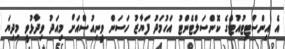
އެ އިންސްޓިޓުއުޓްގެ ކޮންސަލްޓެންޓު އަހުމަދު ފަޔާޒު ހަސަން ވީނިއުސްއަށް މިއަދު ވިދާޅުވީ މިދިޔަ